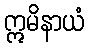
ဣမိနာယံ